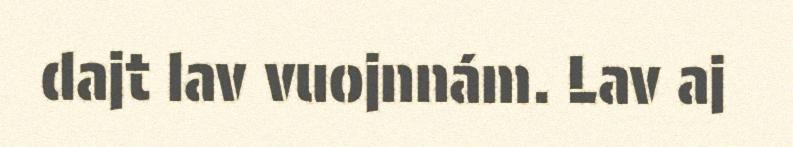
dajt lav vuojnnám. Lav aj